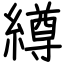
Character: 繜